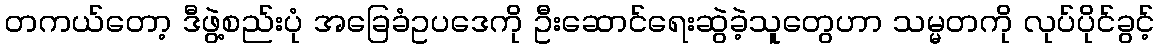
တကယ်တော့ ဒီဖွဲ့စည်းပုံ အခြေခံဥပဒေကို ဦးဆောင်ရေးဆွဲခဲ့သူတွေဟာ သမ္မတကို လုပ်ပိုင်ခွင့်